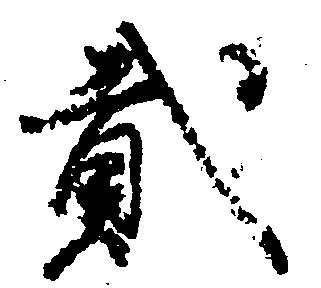
弐